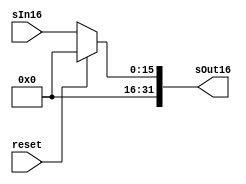
module SignExtend16(sOut16, sIn16, reset);
    output [31:0] sOut16;
    input [15:0] sIn16;
    input reset;
    reg [31:0] sOut16;
    always @*
        begin
            if(reset == 1)
                sOut16 = 0;
            else
                 sOut16 = {{16{1'b0}},sIn16};
        end
endmodule